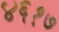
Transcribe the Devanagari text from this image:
४६१७